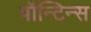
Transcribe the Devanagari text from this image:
पॉन्टिन्स